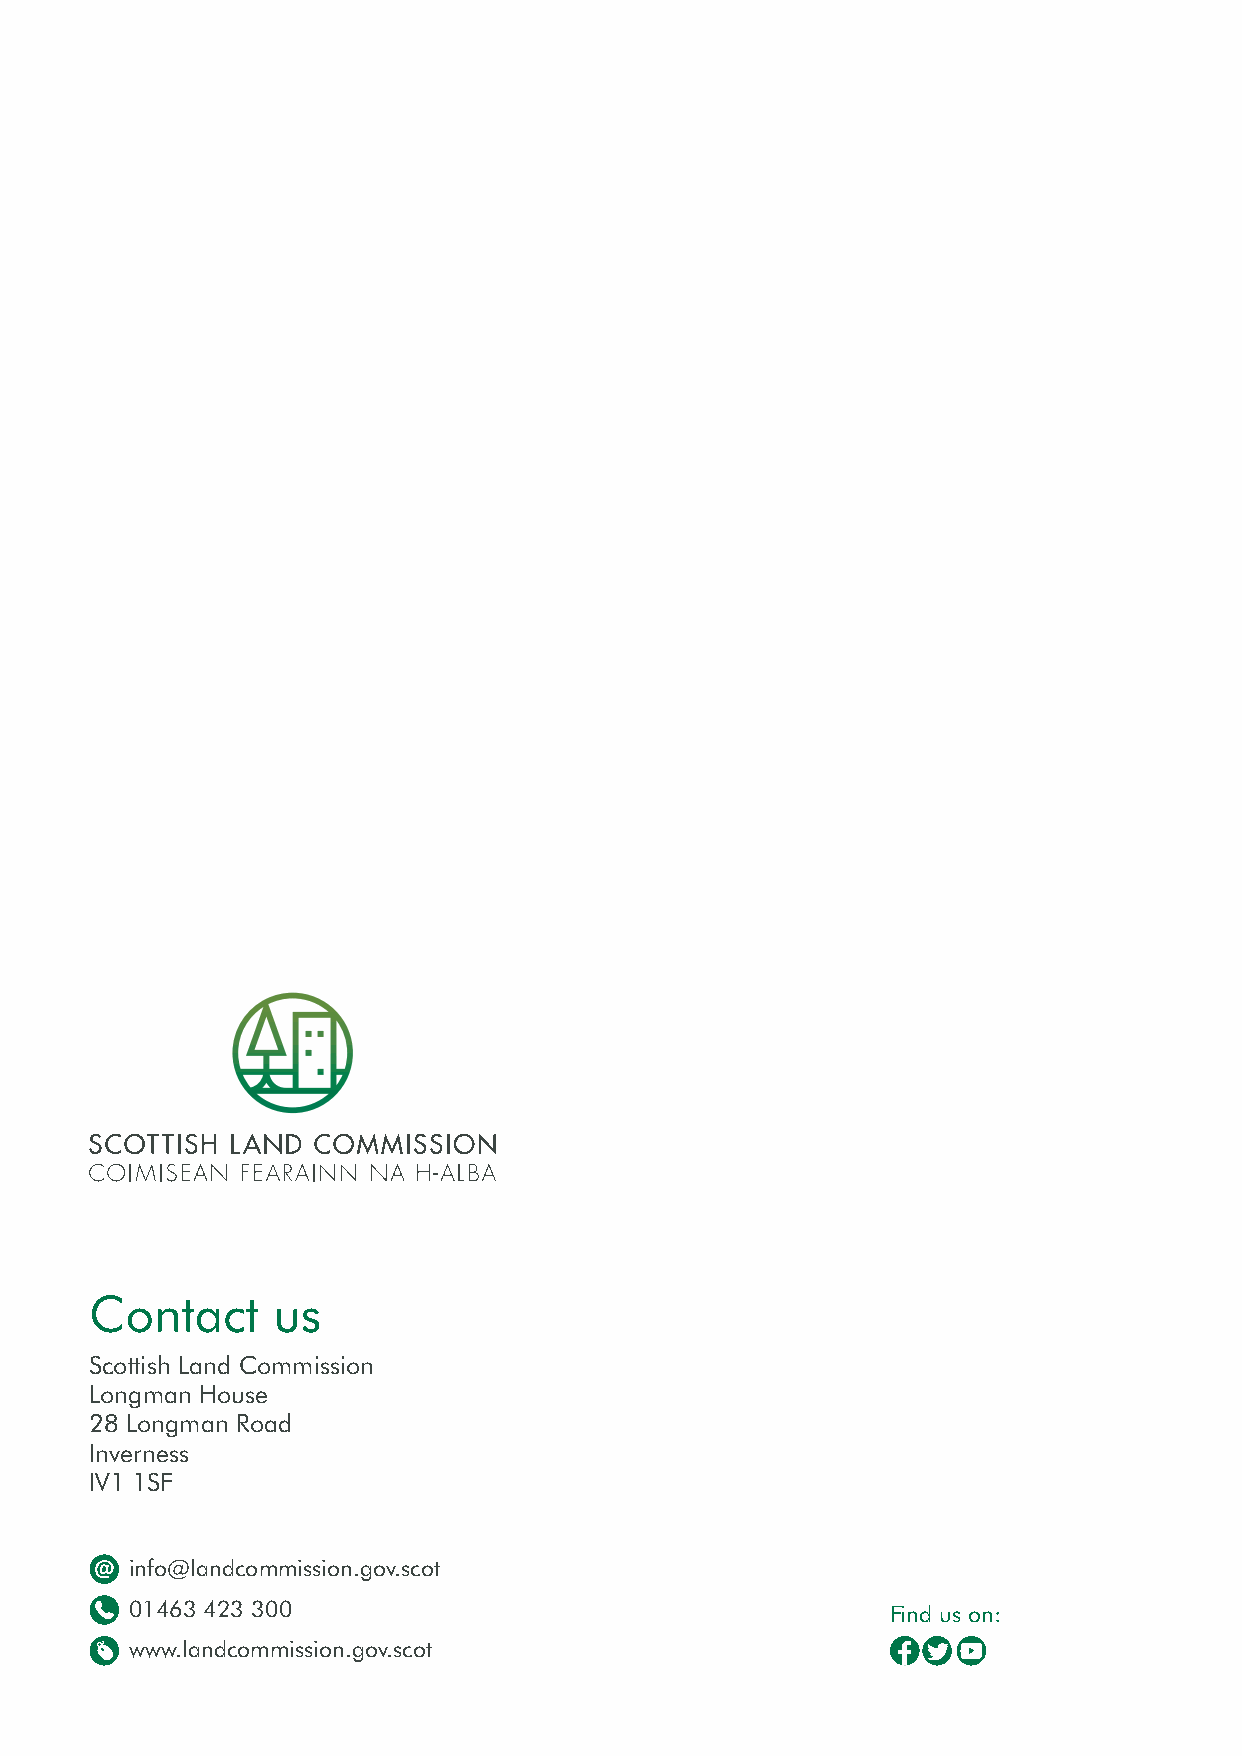
Contact     us
 Scottish Land Commission
 Longman House
 28 Longman Road
 Inverness
 IV1 1SF
 info@landcommission.gov.scot
 01463 423 300                                     Find us on:
 www.landcommission.gov.scot